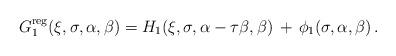
LaTeX: \begin{align*}G_1^{\mathrm{reg}}(\xi,\sigma,\alpha,\beta)=H_1(\xi,\sigma,\alpha-\tau\beta,\beta)\,+\,\phi_1(\sigma,\alpha,\beta)\,.\end{align*}